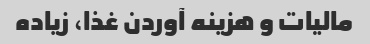
مالیات و هزینه آوردن غذا، زیاده